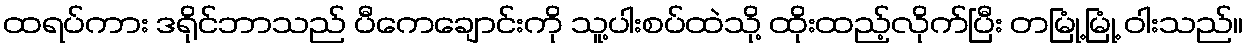
ထရပ်ကား ဒရိုင်ဘာသည် ပီကေချောင်းကို သူ့ပါးစပ်ထဲသို့ ထိုးထည့်လိုက်ပြီး တမြုံ့မြုံ့ ဝါးသည်။